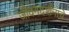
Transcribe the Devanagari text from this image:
जीवनदर्शनाचे